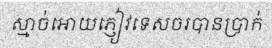
ស្មាច់អោយភ្ញៀវទេសចរបានប្រាក់